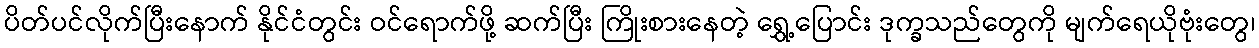
ပိတ်ပင်လိုက်ပြီးနောက် နိုင်ငံတွင်း ဝင်ရောက်ဖို့ ဆက်ပြီး ကြိုးစားနေတဲ့ ရွှေ့ပြောင်း ဒုက္ခသည်တွေကို မျက်ရေယိုဗုံးတွေ၊